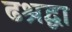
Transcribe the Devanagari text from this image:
ढश्रद्धा